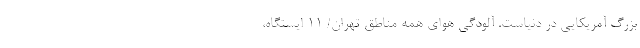
بزرگ آمریکایی در دنیاست. آلودگی هوای همه مناطق تهران/ ۱۱ ایستگاه،